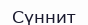
Сүннит